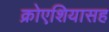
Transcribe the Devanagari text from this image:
क्रोएशियासह